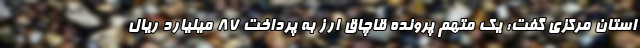
استان مرکزی گفت: یک متهم پرونده قاچاق ارز به پرداخت ۸۷ میلیارد ریال